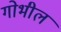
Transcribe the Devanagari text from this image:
गोभील